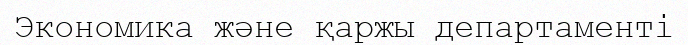
Экономика және қаржы департаменті